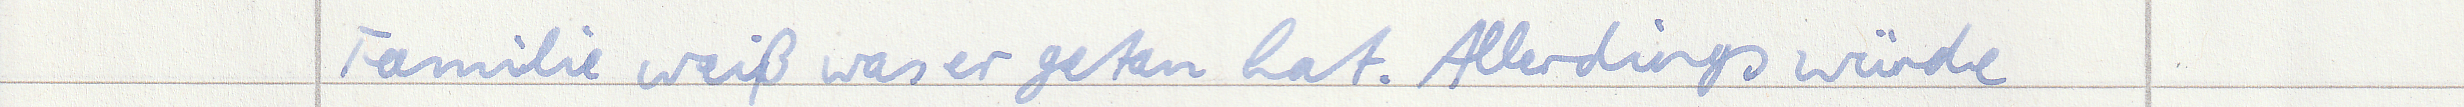
Familie weiß was er getan hat. Allerdings würde